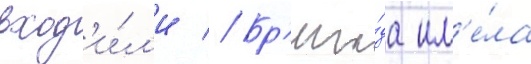
вход'и́л'и // Бр'ига́да им'е́ла